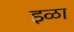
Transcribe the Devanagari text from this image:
इळा